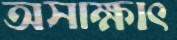
অসাক্ষাৎ